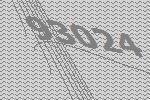
93024